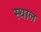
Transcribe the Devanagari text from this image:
स्‍थाल